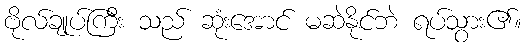
ဗိုလ်ချုပ်ကြီး သည် ဆုံးအောင် မဆဲနိုင်ဘဲ ရပ်သွား၏။